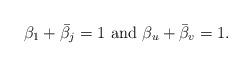
LaTeX: \begin{align*}\beta_1 + \bar{\beta_j} = 1 \,\, {\rm and }\,\, \beta_u + \bar{\beta}_v=1.\end{align*}